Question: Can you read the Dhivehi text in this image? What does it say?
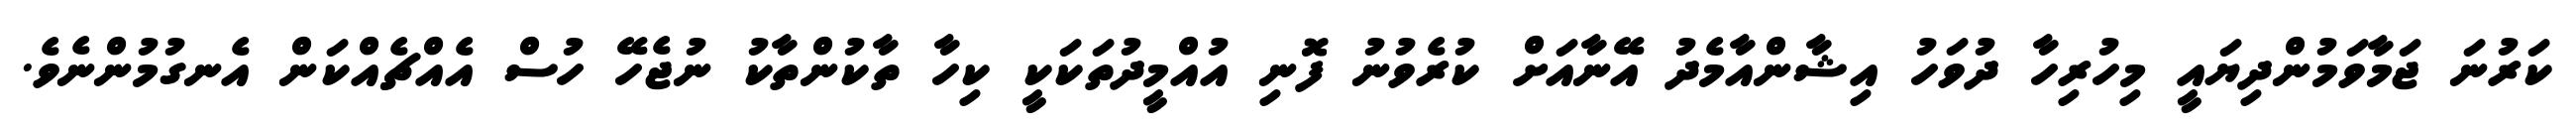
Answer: ކަރުނަ ޖަމާވަމުންދިޔައީ މިހުރިހާ ދުވަހު އިޝާންއާމެދު އޭނާއަށް ކުރެވުނު ފޮނި އުއްމީދުތަކަކީ ކިހާ ތާކުންތާކު ނުޖެހޭ ހުސް އެއްޗެއްކަން އެނގުމުންނެވެ.